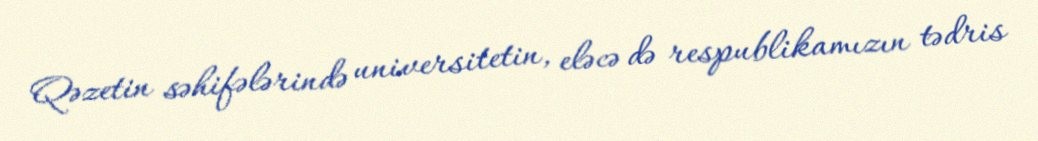
Qəzetin səhifələrində universitetin, eləcə də respublikamızın tədris